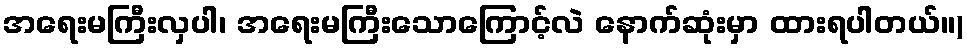
အရေးမကြီးလှပါ၊ အရေးမကြီးသောကြောင့်လဲ နောက်ဆုံးမှာ ထားရပါတယ်။)